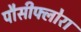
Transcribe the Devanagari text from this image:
पौसीफ्लोरा